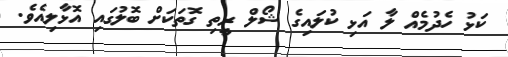
ކަޅު ހެދުމެއް ލާ އަޅި ކުލައިގެ ޝޯލް ރީތި ގޮތަކަށް ބޮލުގައި އޮޅާލިއެވެ.